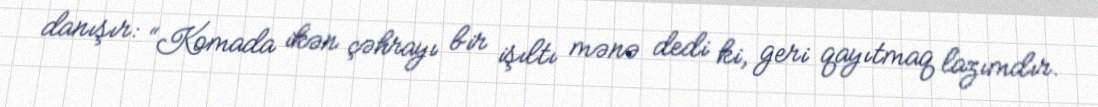
danışır: “Komada ikən çəhrayı bir işıltı mənə dedi ki, geri qayıtmaq lazımdır.